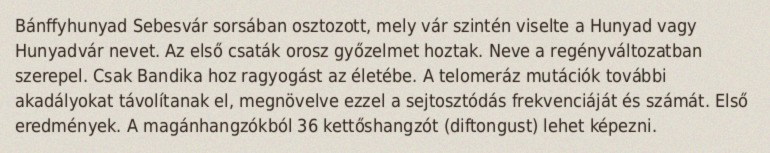
Bánffyhunyad Sebesvár sorsában osztozott, mely vár szintén viselte a Hunyad vagy Hunyadvár nevet. Az első csaták orosz győzelmet hoztak. Neve a regényváltozatban szerepel. Csak Bandika hoz ragyogást az életébe. A telomeráz mutációk további akadályokat távolítanak el, megnövelve ezzel a sejtosztódás frekvenciáját és számát. Első eredmények. A magánhangzókból 36 kettőshangzót (diftongust) lehet képezni.